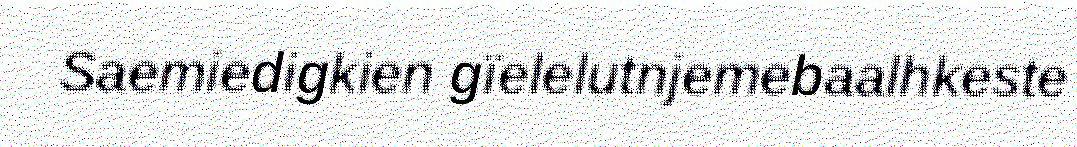
Saemiedigkien gïelelutnjemebaalhkeste